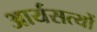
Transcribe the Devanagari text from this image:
आर्यसत्यों